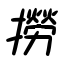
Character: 撈